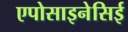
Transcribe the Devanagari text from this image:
एपोसाइनेसिई